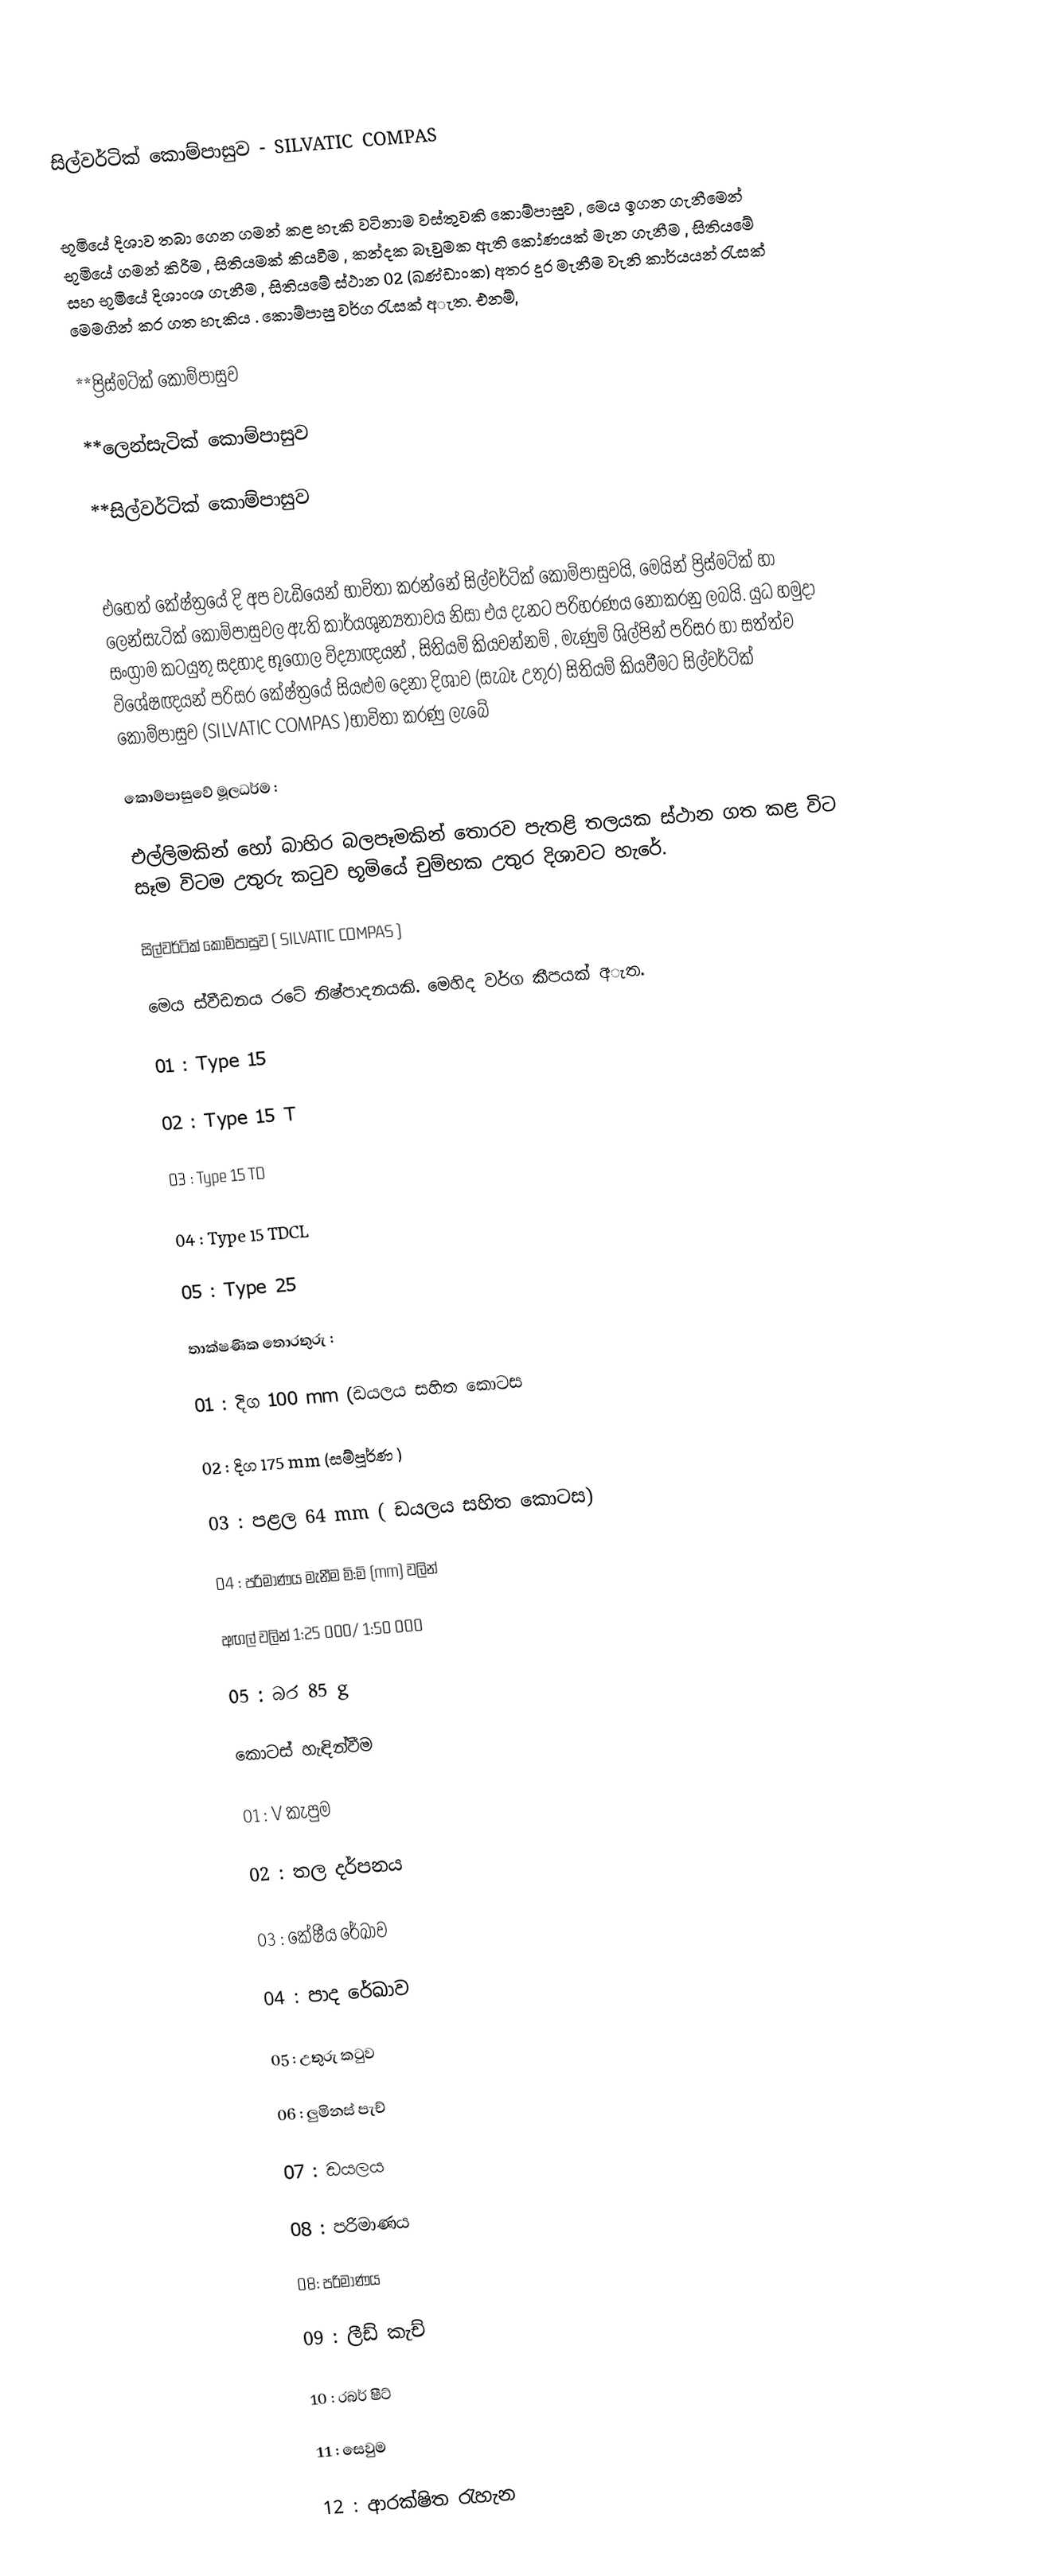

සිල්වර්ටික් කොම්පාසුව - SILVATIC COMPAS
             

භූමියේ දිශාව තබා ගෙන ගමන් කළ හැකි වටිනාම වස්තුවකි කොම්පාසුව , මෙය ඉගන ගැනීමෙන් භූමියේ ගමන් කිරීම , සිතියමක් කියවීම , කන්දක බෑවුමක ඇති කෝණයක් මැන ගැනීම , සිතියමේ සහ භූමියේ දිශාංශ ගැනීම , සිතියමේ ස්ථාන 02 (ඛණ්ඩාංක)  අතර දුර මැනීම වැනි කාර්යයන් රැසක් මෙමගින් කර ගත හැකිය . කොම්පාසු වර්ග රැසක් අැත. එනම්,

  **ප්‍රිස්මටික් කොම්පාසුව

  **ලෙන්සැටික් කොම්පාසුව

  **සිල්වර්ටික් කොම්පාසුව

                 

එහෙත් කේෂ්ත්‍රයේ දි අප වැඩියෙන් භාවිතා කරන්නේ සිල්වර්ටික් කොම්පාසුවයි, මෙයින් ප්‍රිස්මටික් හා ලෙන්සැටික් කොම්පාසුවල ඇති කාර්යශුන්‍යතාවය නිසා එය දැනට පරිහරණය නොකරනු ලබයි. යුධ හමුදා සංග්‍රාම කටයුතු සදහාද භූගෝල විද්‍යාඥයන් , සිතියම් කියවන්නම් , මැණුම් ශිල්පින් පරිසර හා සත්ත්ව විශේෂඥයන් පරිසර කේෂ්ත්‍රයේ සියළුම දෙනා දිශාව (සැබෑ උතුර) සිතියම් කියවීමට සිල්වර්ටික් කොම්පාසුව (SILVATIC COMPAS )භාවිතා කරණු ලැබේ

කොම්පාසුවේ මූලධර්ම :

                    එල්ලිමකින් හෝ බාහිර බලපෑමකින් තොරව පැතළි තලයක ස්ථාන ගත කළ විට සෑම විටම උතුරු කටුව භූමියේ චුම්භක උතුර දිශාවට හැරේ.

සිල්වර්ටික් කොම්පාසුව ( SILVATIC COMPAS )

                  මෙය ස්වීඩනය රටේ නිෂ්පාදනයකි. මෙහිද වර්ග කීපයක් අැත.

01 : Type 15

02 : Type  15 T

03 : Type 15  TD

04 : Type 15 TDCL

05 : Type 25

තාක්ෂණික තොරතුරු :

01 : දිග 100 mm (ඩයලය සහිත කොටස

02 :  දිග 175 mm (සම්පූර්ණ )

03 : පළල 64 mm ( ඩයලය සහිත කොටස)

04 : පරිමාණය මැනීම මි:මි (mm) වලින්

        අඟල් වලින් 1:25 000/ 1:50 000

05 : බර 85 g

කොටස් හැඳින්වීම

01 : V කැපුම

02 : තල දර්පනය

03 : කේෂීය රේඛාව

04 : පාද රේඛාව

05 : උතුරු කටුව

06 : ලුමිනස් පැච්

07 : ඩයලය

08 : පරිමාණය

 08: පරිමාණය

09 : ලීඩ් කැච්

10 : රබර් ෂීට්

11 : සෙවුම

12 : ආරක්ෂිත රැහැන